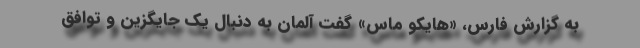
به گزارش فارس، «هایکو ماس» گفت آلمان به دنبال یک جایگزین و توافق